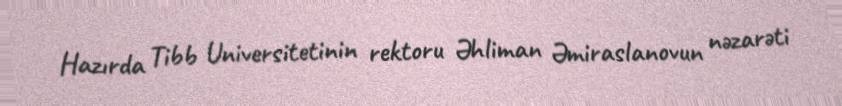
Hazırda Tibb Universitetinin rektoru Əhliman Əmiraslanovun nəzarəti